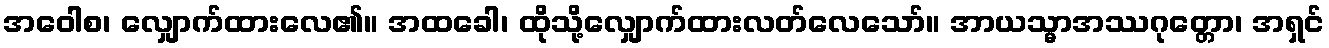
အဝေါစ၊ လျှောက်ထားလေ၏။ အထခေါ၊ ထိုသို့လျှောက်ထားလတ်လေသော်။ အာယသ္မာအဿဂုတ္တော၊ အရှင်